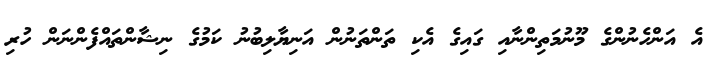
އެ އަންހެނުންގެ މޫނުމަތިންނާއި ގައިގެ އެކި ތަންތަނުން އަނިޔާލިބުނު ކަމުގެ ނިޝާންތައްފެންނަން ހުރި